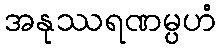
အနုဿရဏမ္ပဟံ